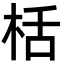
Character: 栝